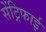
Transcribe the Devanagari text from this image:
सेंट्रिफाई